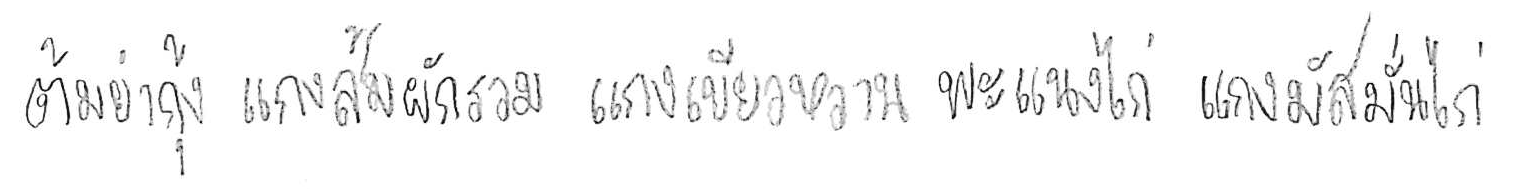
ต้มยำกุ้ง แกงส้มผักรวม แกงเขียวหวาน พะแนงไก่ แกงมัสมั่นไก่